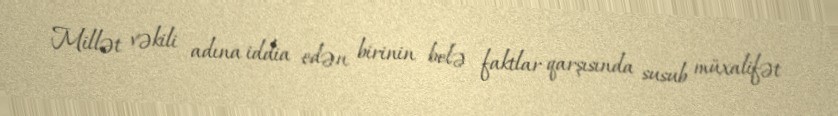
Millət vəkili adına iddia edən birinin belə faktlar qarşısında susub müxalifət